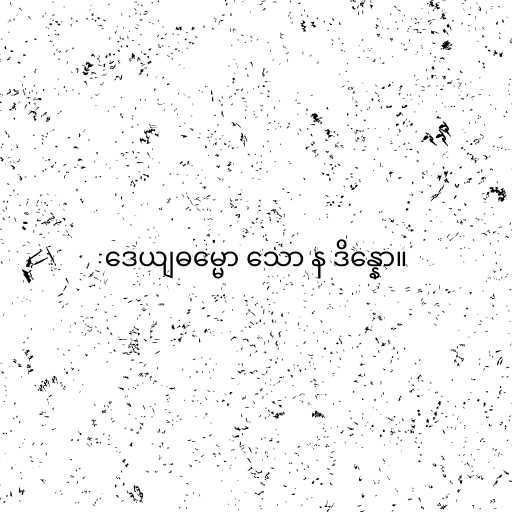
ဒေယျဓမ္မော သော န ဒိန္နော။